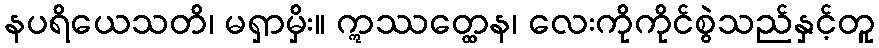
နပရိယေသတိ၊ မရှာမှိး။ ဣဿတ္ထေန၊ လေးကိုကိုင်စွဲသည်နှင့်တူ